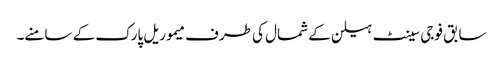
سابق فوجی سینٹ ہیلن کے شمال کی طرف میموریل پارک کے سامنے۔